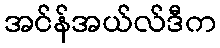
အင်န်အယ်လ်ဒီက